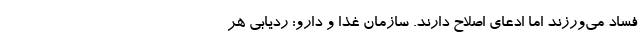
فساد می‌ورزند اما ادعای اصلاح‌ دارند. سازمان غذا و دارو: ردیابی هر